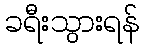
ခရီးသွားရန်